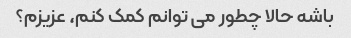
باشه حالا چطور می توانم کمک کنم، عزیزم؟